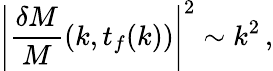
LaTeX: \left|{\frac{\delta M}{M}}(k,t_{f}(k))\right|^{2}\sim k^{2}\, ,